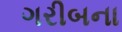
ગરીબના